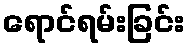
ရောင်ရမ်းခြင်း